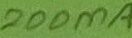
Text: 200mA